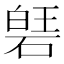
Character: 𮀱